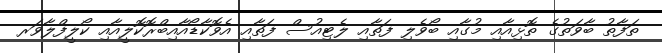
ތަފާތު ބާވަތުގެ ތޮޅިއާއި މުގާއި ބޯވެލި ފަތާއި ލެޓިއުސް ފަތާއި އެވޮކާޑޯއާއިބްރޮކޮލީއާއި ކޯލީފްލާވަރ